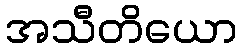
အသီတိယော